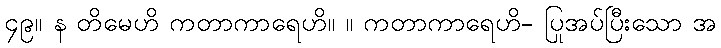
၄၉။ န တိမေဟိ ကတာကာရေဟိ။ ။ ကတာကာရေဟိ- ပြုအပ်ပြီးသော အ